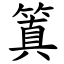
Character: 䈯